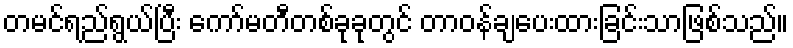
တမင်ရည်ရွယ်ပြီး ကော်မတီတစ်ခုခုတွင် တာဝန်ချပေးထားခြင်းသာဖြစ်သည်။